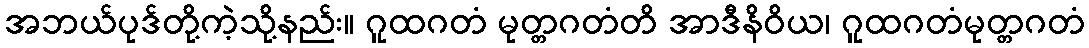
အဘယ်ပုဒ်တို့ကဲ့သို့နည်း။ ဂူထဂတံ မုတ္တဂတံတိ အာဒီနိဝိယ၊ ဂူထဂတံမုတ္တဂတံ